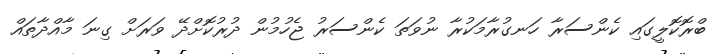
ބްރޮކޮލީގައި ކެންސަރާ ހަނގުރާމަކުރާ ނުވަތަ ކެންސަރު ޖެހުމުން ދުރުކޮށްދޭ ވަރަށް ގިނަ މާއްދާތައް